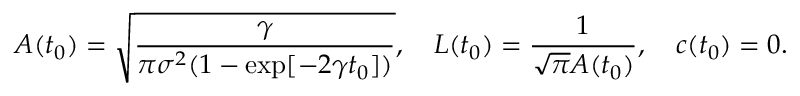
A ( t _ { 0 } ) = \sqrt { \frac { \gamma } { \pi \sigma ^ { 2 } ( 1 - \exp [ - 2 \gamma t _ { 0 } ] ) } } , \quad L ( t _ { 0 } ) = \frac { 1 } { \sqrt { \pi } A ( t _ { 0 } ) } , \quad c ( t _ { 0 } ) = 0 .